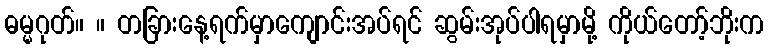
ဓမ္မဂုတ်။ ။ တခြားနေ့ရက်မှာကျောင်းအပ်ရင် ဆွမ်းအုပ်ပါရမှာမို့ ကိုယ်တော့်ဘိုးက